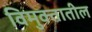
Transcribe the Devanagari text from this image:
विमुक्तातील